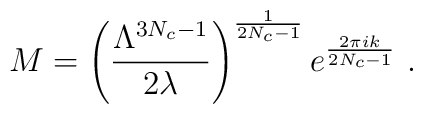
M=\left(\frac{\Lambda^{3N_c-1}}{2 \lambda} \right)^{\frac{1}{2N_c-1}} e^{\frac{2 \pi i k}{2N_c-1}} ~.